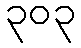
၃၀၃